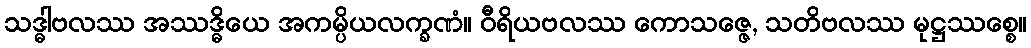
သဒ္ဓါဗလဿ အဿဒ္ဓိယေ အကမ္ပိယလက္ခဏံ။ ဝီရိယဗလဿ ကောသဇ္ဇေ, သတိဗလဿ မုဋ္ဌဿစ္စေ။